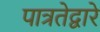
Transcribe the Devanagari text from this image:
पात्रतेद्वारे